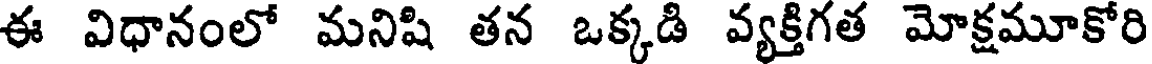
ఈ విధానంలో మనిషి తన ఒక్కడి వ్యక్తిగత మోక్షమూకోరి